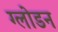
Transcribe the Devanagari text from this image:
ग्लोडन